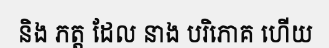
និង ភត្ត ដែល នាង បរិភោគ ហើយ